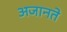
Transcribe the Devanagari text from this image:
अजानते